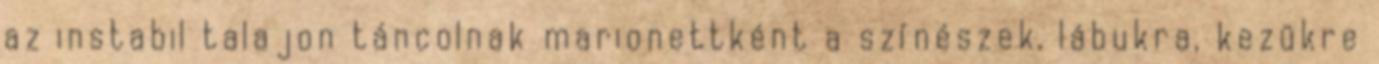
az instabil talajon táncolnak marionettként a színészek, lábukra, kezükre